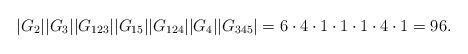
LaTeX: \begin{align*}|G_2||G_3||G_{123}||G_{15}||G_{124}||G_{4}||G_{345}|=6 \cdot 4 \cdot 1 \cdot 1 \cdot 1 \cdot 4 \cdot 1 = 96.\end{align*}